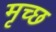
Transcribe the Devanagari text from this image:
मृच्छ